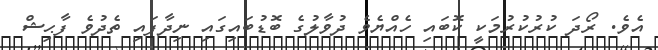
އެވެ. ރޯދަ ކުރުކުރުމަކީ ކޮބައި ހެއްޔެވެ ދުވާލުގެ ބޮޑުބައިގައި ނިދާފައި ތެދުވެ ފާޙިޝް